Civil Veterinary Dept. Bombay admin report 1914-1922 - 1914-1922
Year: 1914
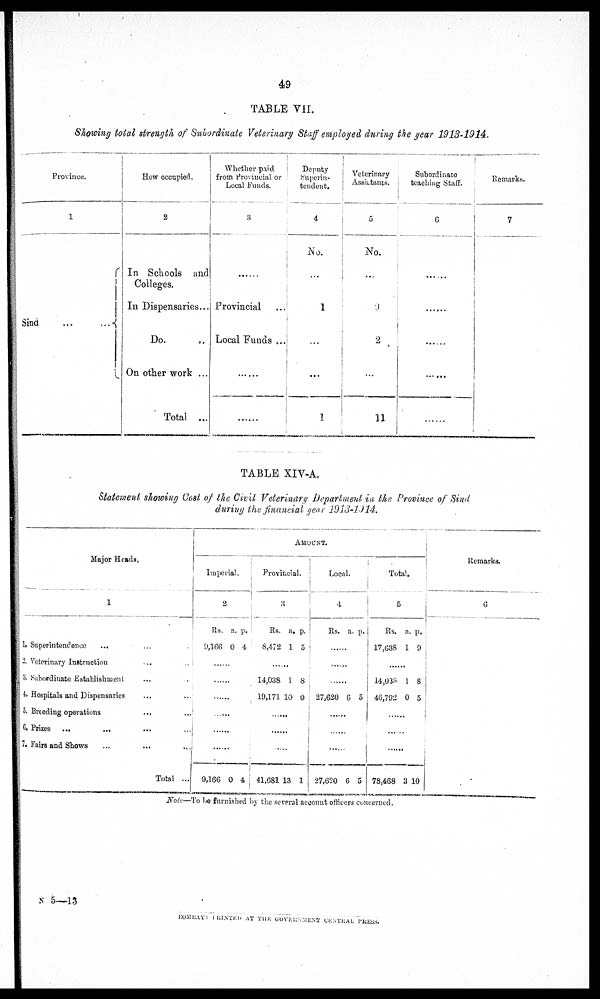
49
TABLE VII.
Showing total strength of Subordinate Veterinary Staff employed during the year 1913-1914.
Province.
1
Sind
...
...
How occupied.
2
In Schools and
Colleges.
In Dispensaries ...
Do.
On other work ...
Total ...
Whether paid
from Provincial or
Local Funds.
3
......
Provincial
Local Funds ...
......
.....
Deputy
Superin-
tendent.
4
No.
...
1
....
...
1
Veterinary
Assistants.
5
No.
...
9
2
...
11
Subordinate
teaching Staff.
6
......
......
......
......
Remarks.
7
TABLE XIV-A.
Statetement showing Cost of the Civil Veterinary Department in the Province of Sind
during the financial year 1913-1914.
Major Heads.
1
1. Superintendence
...
...
2. Veterinary Instruction ... ...
3. Subordinate Establishment ... ...
4. Hospitals and Dispensaries ... ...
5. Breeding operations
...
...
6. Prizes
...
...
... ...
7. Fairs and Shows
...
... ...
Total ...
AMOUNT.
Imperial.
2
Rs.
9,166
a.
0
p.
4
......
......
......
......
......
9,166 0 4
Provincial.
3
Rs.
8,472
a.
1
p.
5
......
14,038
19,171
1
10
8
0
......
......
......
41,681 13 1
Local.
4
Rs. a. p.
......
......
......
27,620 6 5
......
......
......
27,620 6 5
Total.
5
Rs.
17,638
a.
1
p.
9
......
14,038
46,792
1
0
8
5
......
......
78,468 3 10
Remarks.
6
Note—To be furnished by the several account officers concerned.
N 5—13
BOMBAY: PRINTED AT THE GOVERNMENT CENTRAL PRESS.